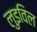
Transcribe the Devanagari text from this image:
लुइविल